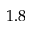
1 . 8